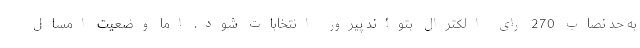
به حد نصاب 270 رای الکترال بتواند پیروز انتخابات شود. اما وضعیت امسال